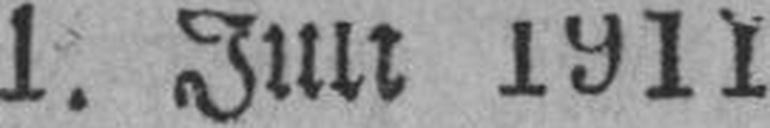
1. Juli 1911